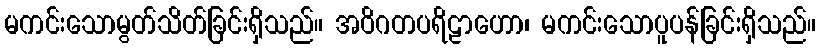
မကင်းသောမွတ်သိတ်ခြင်းရှိသည်။ အဝိဂတပရိဠာဟော၊ မကင်းသောပူပန်ခြင်းရှိသည်။